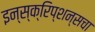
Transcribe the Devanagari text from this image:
इन्स्क्रिप्शन्सचा